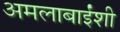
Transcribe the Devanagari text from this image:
अमलाबाईंशी